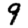
Digit: 9